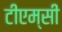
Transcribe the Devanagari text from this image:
टीएम्‌सी